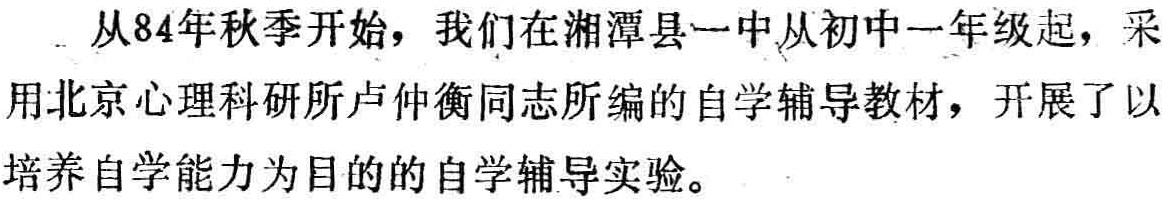
从84年秋季开始，我们在湘潭县一中从初中一年级起，采用北京心理科研所卢仲衡同志所编的自学辅导教材，开展了以培养自学能力为目的的自学辅导实验。